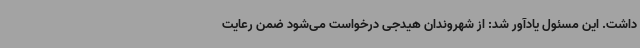
داشت‌. این مسئول یادآور شد: از شهروندان هیدجی درخواست می‌شود ضمن رعایت